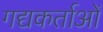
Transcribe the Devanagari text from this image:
गद्यकर्ताओं